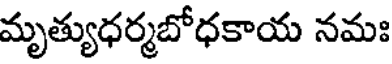
మృత్యుధర్మబోధకాయ నమః